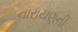
નારાયણની